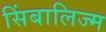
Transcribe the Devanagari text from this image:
सिंबालिज्म